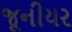
જૂનીયર